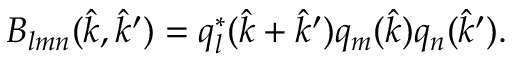
B _ { l m n } ( \boldsymbol { \hat { k } } , \boldsymbol { \hat { k } ^ { \prime } } ) = q _ { l } ^ { * } ( \boldsymbol { \hat { k } } + \boldsymbol { \hat { k } ^ { \prime } } ) q _ { m } ( \boldsymbol { \hat { k } } ) q _ { n } ( \boldsymbol { \hat { k } ^ { \prime } } ) .